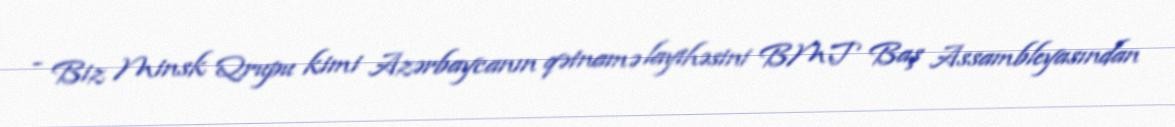
- Biz Minsk Qrupu kimi Azərbaycanın qətnamə layihəsini BMT Baş Assambleyasından